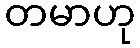
တမာဟု